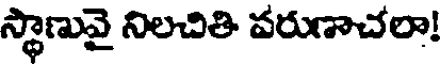
స్థాణువై నిలచితి వరుణాచలా!